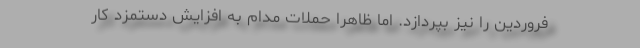
فروردین را نیز بپردازد. اما ظاهراً حملات مدام به افزایش دستمزد کار